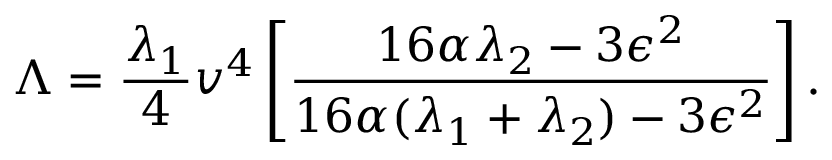
\Lambda = { \frac { \lambda _ { 1 } } { 4 } } v ^ { 4 } \left[ { \frac { 1 6 \alpha \lambda _ { 2 } - 3 \epsilon ^ { 2 } } { 1 6 \alpha ( \lambda _ { 1 } + \lambda _ { 2 } ) - 3 \epsilon ^ { 2 } } } \right] .